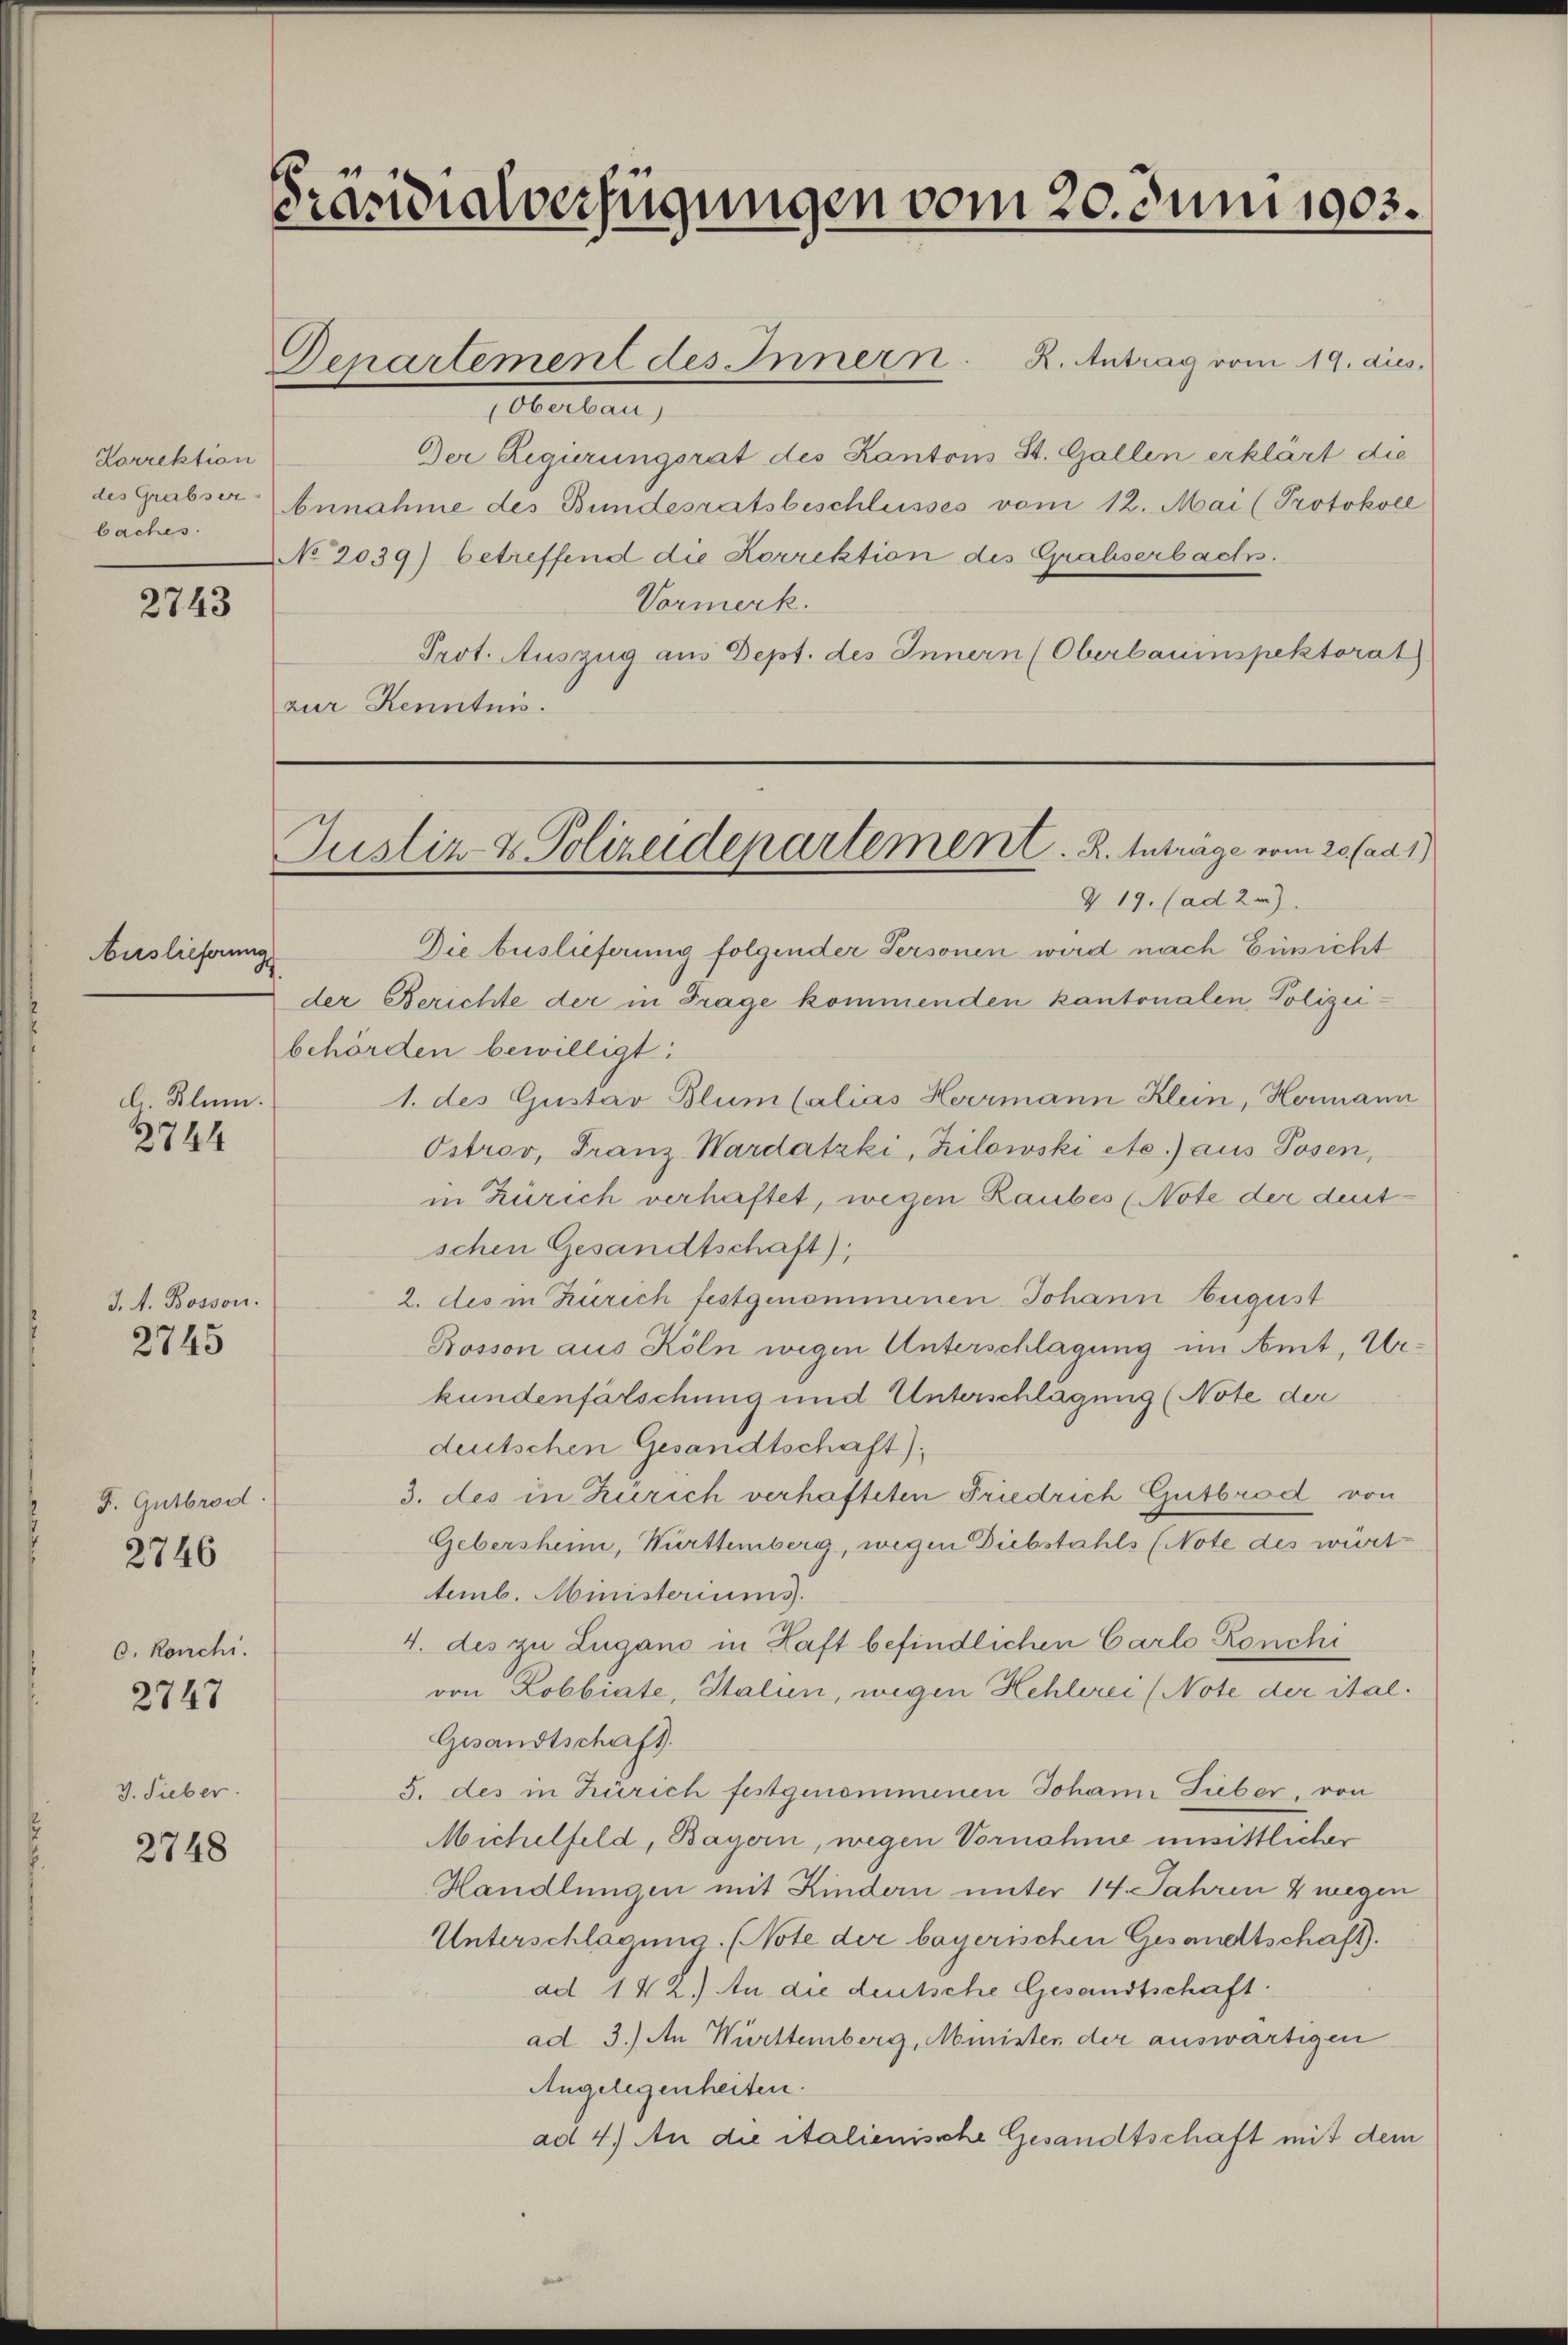
Korrektion
des Grabser-
baches.

2743

Auslieferung

l. Blum.

2744

J. A. Bosson.

2745

J. Gutbrod.
2746

O. Ronchi.
J. Sieber.

2747

2748

.
cidialverfügungen vom 20. Juni 1903.

Genartement des Innern. R. Antrag vom 19. dies
Oberbar,
Der Regierungsrat des Kantons St. Gallen erklärt die
Annahme des Bundesratsbeschlusses vom 12. Mai (Protokoll
No 2039) betreffend die Korrektion des Grabserbachs.
Vormerk.
Prot. Auszug aus Dept. des Innern (Oberbauinspektorat
zur Kenntnis.

Justiz & Polizeidepartement. R. Inträge vom 20 (ad1)
& 19. (ad 2.)

Die Auslieferung folgender Personen wird nach Einsicht
der Berichte der in Frage kommenden kantonalen Polizei-
behörden bewilligt:
1. des Gustav Blum (alias Herrmann Klein, Hermann
Ostrov, Franz Wardatzki, Zilowski etc.) aus Posen,
in Zürich verhaftet, wegen Raubes (Note der deutschen Gesandtschaft);
2. des in Zürich festgenommenen Johann Eugust
Bosson aus Köln wegen Unterschlagung im Amt, Urkundenfälschung und Unterschlagung (Note der
deutschen Gesandtschaft).
3. des in Zürich verhafteten Friedrich Gutbrod von
Gebersheim, Württemberg, wegen Diebstahls (Note des würt
temb. Ministeriums.
4. des zu Lugano in Haft befindlichen Carlo Ronchi
von Robbiate, Italien, wegen Hehlerei (Note der ital.
Gesandtschaft.
5. des in Zürich festgenommenen Johann Fieber, von
Michelfeld, Bayern, wegen Vornahme unsittlicher
Handlungen mit Kindern unter 14. Jahren 4 wegen
Unterschlagung. (Note der bayerischen Gesandtschaft).
ad 142.) An die deutsche Gesandtschaft.
ad 3.) An Württemberg, Minister der auswärtigen
Angelegenheiten.
ad 4.) An die italienische Gesandtschaft mit dem